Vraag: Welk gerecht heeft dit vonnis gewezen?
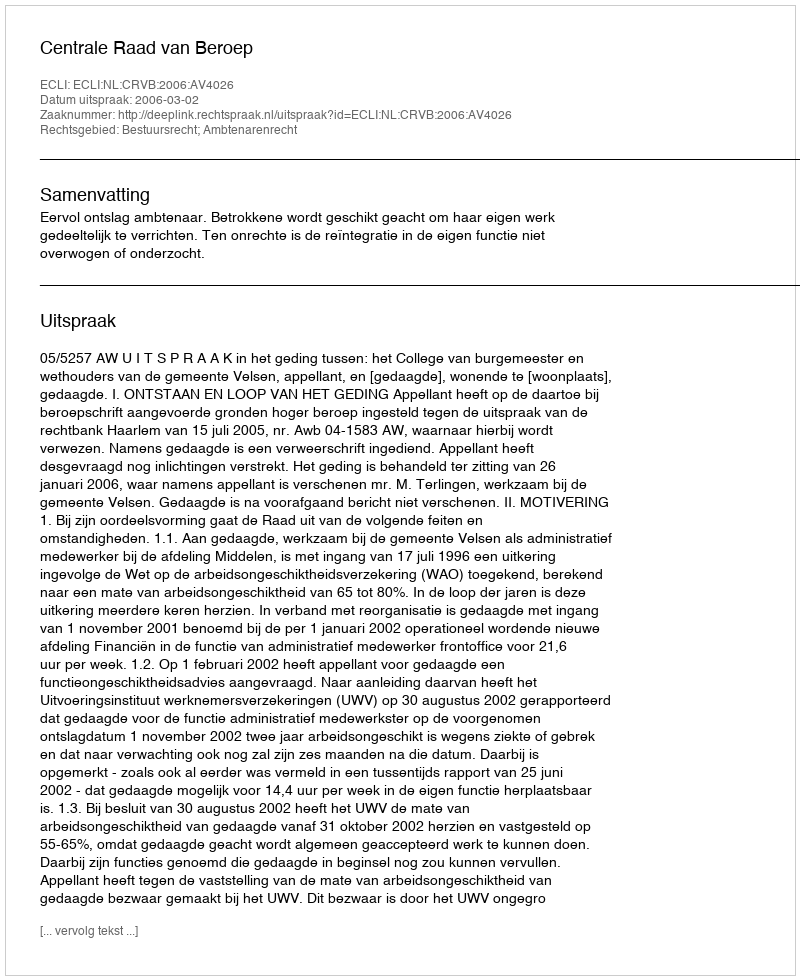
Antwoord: Centrale Raad van Beroep